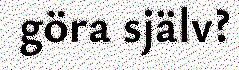
göra själv?